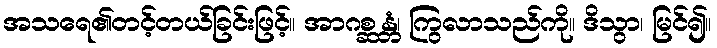
အသရေ၏တင့်တယ်ခြင်းဖြင့်။ အာဂစ္ဆန္တံ၊ ကြွလာသည်ကို။ ဒိသွာ၊ မြင်၍။